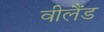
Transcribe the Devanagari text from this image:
वीलैंड